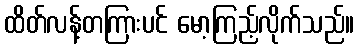
ထိတ်လန့်တကြားပင် မော့ကြည့်လိုက်သည်။